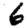
Digit: 6